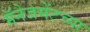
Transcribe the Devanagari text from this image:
मॅनेजमेंटच्या